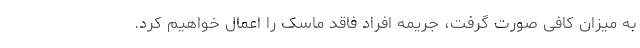
به میزان کافی صورت گرفت، جریمه افراد فاقد ماسک را اعمال خواهیم کرد.